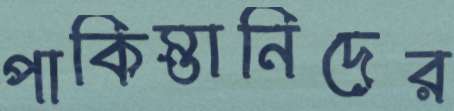
পাকিস্তানিদের